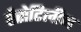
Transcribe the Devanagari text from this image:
ऐंसेटिलीन